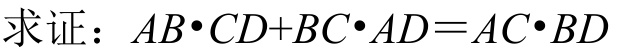
求证：\(AB\cdot CD + BC\cdot AD = AC\cdot BD\)